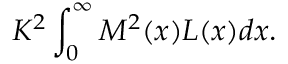
K ^ { 2 } \int _ { 0 } ^ { \infty } M ^ { 2 } ( x ) { \cal L } ( x ) d x .